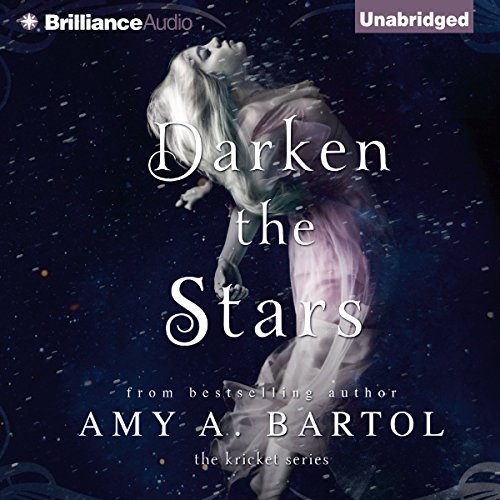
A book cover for Darken the Stars: The Kricket Series, Book 3; Amy A. Bartol; Romance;